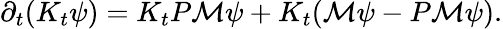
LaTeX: \partial_{t}(K_{t}\psi)=K_{t}P\mathcal M\psi+K_{t}(\mathcal M\psi-P\mathcal M\psi).